Lunatic asylums in Bengal annual reports 1899-1911 - 1899-1911
Year: 1899
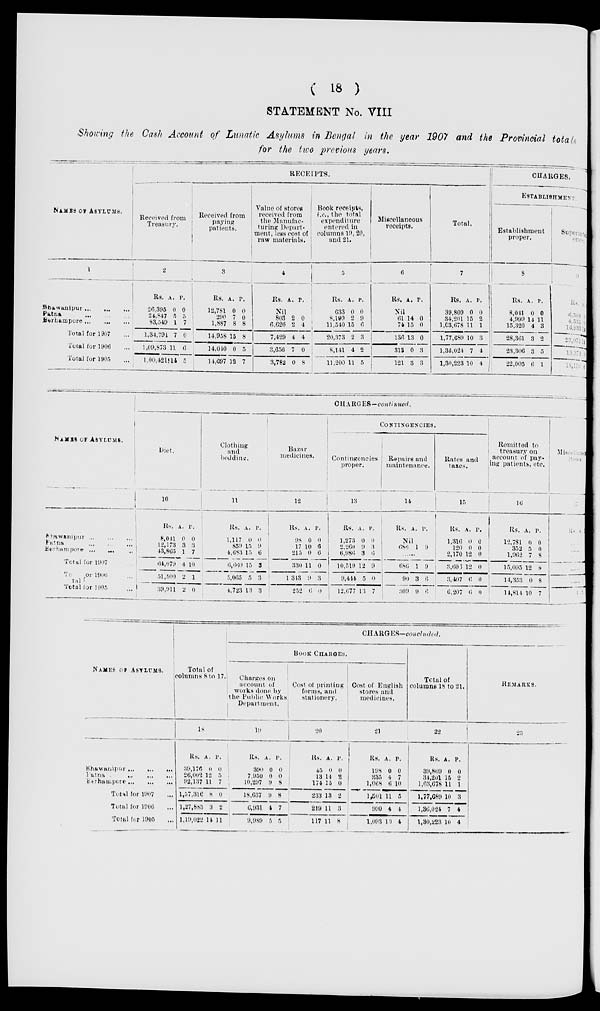
( 18 )
STATEMENT No. VIII
Showing the Cash Account of Lunatic Asylums in Bengal in the year 1907 and the Provincial totals
for the two previous years.
NAMES OF ASYLUMS.
1
Bhawanipur ... ... ...
Patna
...
...
...
Berhampore
...
...
...
Total for 1907 ...
Total for 1906 ...
Total for 1905 ...
RECEIPTS.
Received from
Treasury.
2
Rs.
26,395
24,847
83,549
1,34,791
1,09,873
1,00,421
A.
0
5
1
7
11
14
P.
0
5
7
0
6
5
Received from
paying
patients,
3
Rs.
12,781
290
1,887
14,958
14,040
14,697
A.
0
7
8
15
0
12
P.
0
0
8
8
5
7
Value of stores
received from
the Manufac-
turing Depart-
meat, less cost of
raw materials.
4
Rs. A. P.
Nil
803
6,626
7,429
3,656
3,782
2
2
4
7
0
0
4
4
0
8
Book receipts,
i.e., the total
expenditure
entered in
columns 19, 20,
and 21.
5
Rs.
633
8,199
11,540
20,373
8,141
11,200
A.
0
2
15
2
4
11
P.
0
9
6
3
2
5
Miscellaneous
receipts.
6
Rs. A. P.
Nil
61
74
136
313
121
14
15
13
0
3
0
0
0
3
3
Total.
7
Rs.
39,809
34,201
1,03,678
1,77,689
1,36,024
1,30,223
A.
0
15
11
10
7
10
P.
0
2 1
3
4
4
CHARGES.
ESTABLISHMENT.
Establishment
proper.
8
Rs.
8,041
4,999
15,320
28,361
23,306
22,005
A.
0
14
4
3
3
6
P.
0
11
3
2
5
1
Superintendence
9
Rs.
6,509
4,533
16,933
27, 975
19,373
18,116
A.
0
0
14
14
0
6
NAMES OF ASYLUMS.
Bhawanipur ... ... ...
Patna ... ... ...
Berhampore ... ... ...
Total for 1907 ...
Total for 1906 ...
Total for 1905 ...
CHARGES—continued.
Diet.
10
Rs.
8,041
12,173
43,865
64,079
51,500
39,911
A.
0
3
1
4
2
2
P.
0
3
7
10
1
0
Clothing
and
bedding.
11
Rs.
1,117
859
4,683
6,660
5,065
4,723
A.
0
15
15
15
5
13
P.
0
9
6
3
3
3
Bazar
medicines.
12
Rs.
98
17
215
330
1,343
252
A.
0
10
0
11
9
6
P.
0
6
6
0
3
0
CONTINGENCIES.
Contingencies
proper.
13
Rs.
1,273
2,260
6,986
10,519
9,444
12,677
A.
0
9
3
12
5
13
P.
0
3
6
9
0
7
Repairs and
maintenance.
14
Rs. A.
P.
Nil
686
1 9
......
686
90
309
1
3
9
9
6
6
Rates and
taxes.
15
Rs.
1,316
120
2,170
3,603
3,407
6,207
A.
0
0
12
12
6
6
P.
0
0
0
0
0
0
Remitted to
treasury on
account of pay-
ing patients, etc.
16
Rs.
12,781
352
1,962
15,095
14,353
14,814
A.
0
5
7
12
0
10
P.
0
0
8
8
8
7
Miscellaneous
items.
Rs.
A.
......
......
......
......
......
......
NAMES OF ASYLUMS.
Bhawanipur
...
...
...
Patna
...
...
...
Berhampore ... ... ...
Total for 1907 ...
Total for 1906 ...
Total for 1905 ...
Total of
columns 8 to 17.
18
Rs.
39,176
26,002
92,137
1,57,316
1,27,883
1,19,022
A.
0
12
11
8
3
14
P.
0
5
7
0
2
11
CHARGES—concluded.
BOOK CHARGES.
Charges on
account of
works done by
he Public Works
Department.
19
Rs.
390
7,950
10,297
18,637
6,931
9,989
A.
0
0
9
9
4
5
P.
0
0
8
8
7
5
Cost of printing
forms, and
stationery.
20
Rs.
45
13
174
233
219
117
A.
0
14
15
13
11
11
P.
0
2
0
2
3
8
Cost of English
stores and
medicines.
21
Rs.
198
235
1,068
1,501
990
1,093
A.
0
4
6
11
4
10
P.
0
7
10
5
4
4
Total of
columns 18 to 21.
22
Rs.
39,809
34,201
1,03,678
1,77,689
1,36,024
1,30,223
A.
0
15
11
10
7
10
P.
0
2
1
3
4
4
REMARKS.
23